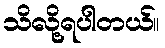
သိလို့ရပါတယ်။